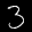
Label: 3